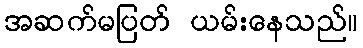
အဆက်မပြတ် ယမ်းနေသည်။